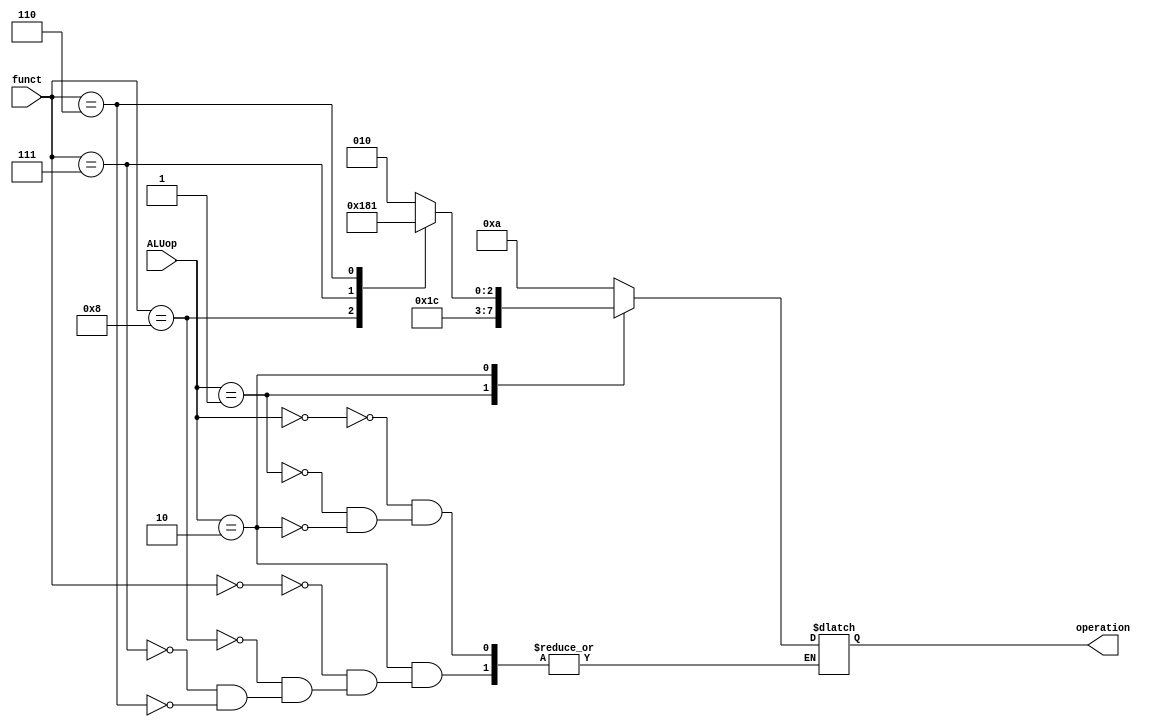
module ALU_control(
input [1:0] ALUop,
input [3:0] funct,
output reg [3:0] operation
);
always @(*)
begin
case (ALUop)
2'b00: operation <= 0010;
2'b01: operation <= 0110;
2'b10:
begin
case(funct)
4'b0000: operation <= 4'b0010;
4'b1000: operation <= 4'b0110;
4'b0111: operation <= 4'b0000;
4'b0110: operation <= 4'b0001;
endcase
end
endcase
end
endmodule